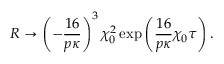
R \rightarrow \left( - \frac { 1 6 } { p \kappa } \right) ^ { 3 } \chi _ { 0 } ^ { 2 } \exp \left( \frac { 1 6 } { p \kappa } \chi _ { 0 } \tau \right) .